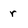
Character: r